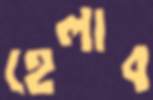
হেলাব